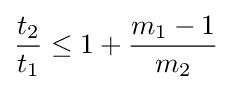
{\frac {t_{2}}{t_{1}}}\leq 1+{\frac {m_{1}-1}{m_{2}}}